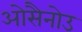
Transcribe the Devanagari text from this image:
ओसैनोउ